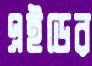
এইডের